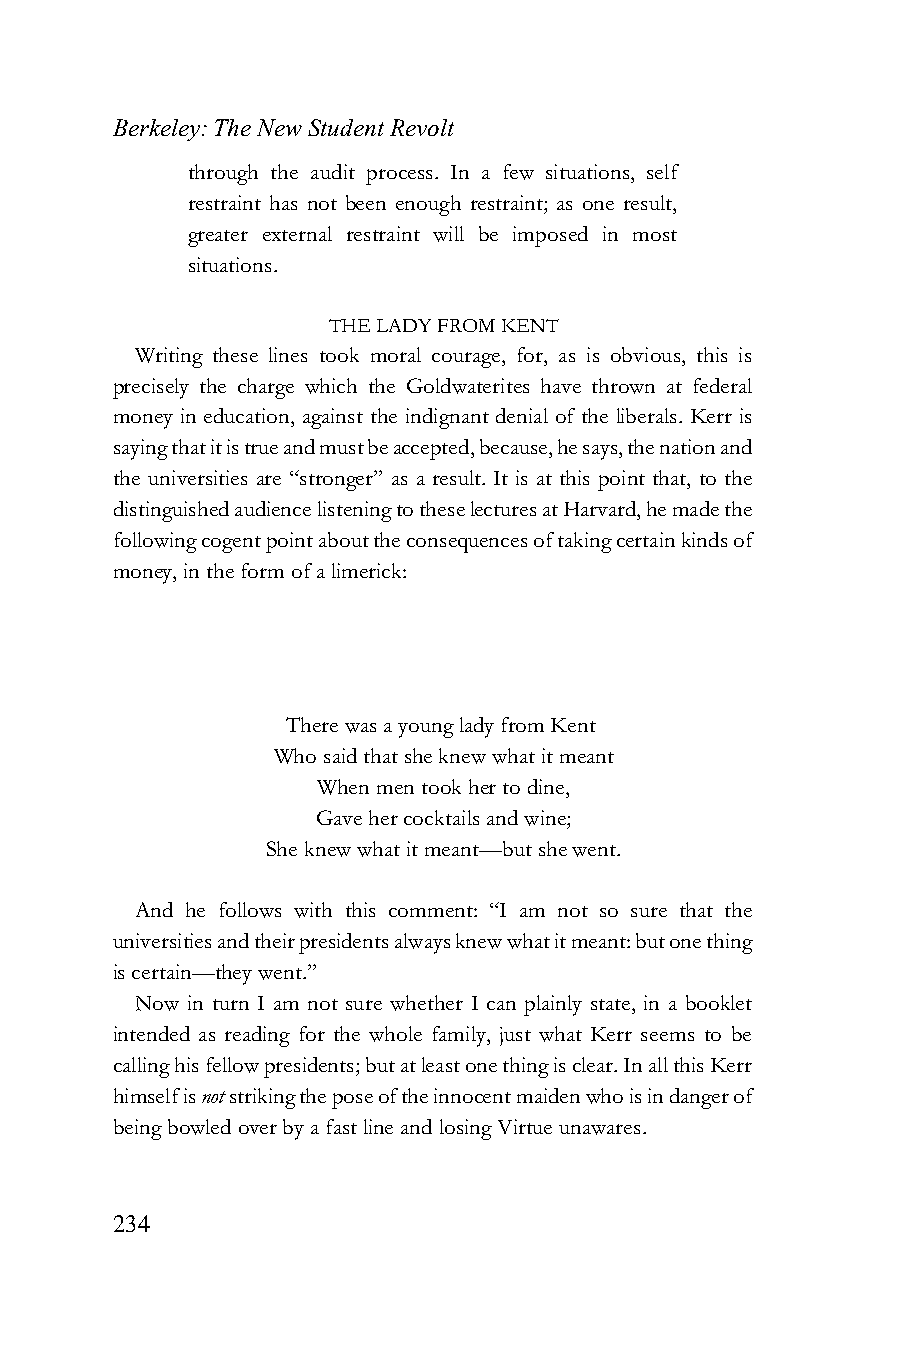
Berkeley: The New Student Revolt
 through the audit process. In a few situations, self
 restraint has not been enough restraint; as one result,
 greater external restraint will be imposed in most
 situations.
 THE LADY FROM KENT
 Writing these lines took moral courage, for, as is obvious, this is
 precisely the charge which the Goldwaterites have thrown at federal
 money in education, against the indignant denial of the liberals. Kerr is
 saying that it is true and must be accepted, because, he says, the nation and
 the universities are “stronger” as a result. It is at this point that, to the
 distinguished audience listening to these lectures at Harvard, he made the
 following cogent point about the consequences of taking certain kinds of
 money, in the form of a limerick:
 There was a young lady from Kent
 Who said that she knew what it meant
 When men took her to dine,
 Gave her cocktails and wine;
 She knew what it meant—but she went.
 And he follows with this comment: “I am not so sure that the
 universities and their presidents always knew what it meant: but one thing
 is certain—they went.”
 Now in turn I am not sure whether I can plainly state, in a booklet
 intended as reading for the whole family, just what Kerr seems to be
 calling his fellow presidents; but at least one thing is clear. In all this Kerr
 himself is not striking the pose of the innocent maiden who is in danger of
 being bowled over by a fast line and losing Virtue unawares.
 234